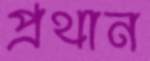
প্রথান